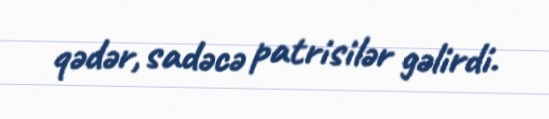
qədər, sadəcə patrisilər gəlirdi.